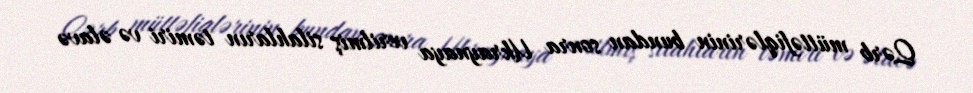
Qərb müttəfiqlərinin bundan sonra Ukraynaya verilmiş silahların təmiri və əlavə